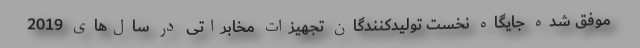
موفق شده جایگاه نخست تولیدکنندگان تجهیزات مخابراتی در سال‌های 2019